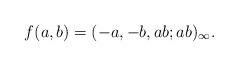
LaTeX: \begin{align*}f(a,b)=(-a,-b,ab;ab)_{\infty}.\end{align*}